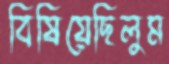
বিষিয়েছিলুম